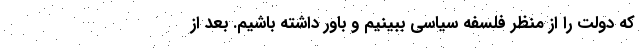
که دولت را از منظر فلسفه سیاسی ببینیم و باور داشته باشیم. بعد از